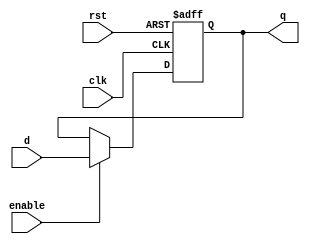
/* Register delay
q is a registered version of d, registered 'STAGES' times.
Clock enable with 'enable'
*/

`default_nettype none

module registerDelay #(
	parameter DATA_WIDTH = 8,
	parameter STAGES = 1
)(
	input wire clk, rst, enable,
	input wire [(DATA_WIDTH-1):0] d,
	output wire [(DATA_WIDTH-1):0] q
);

	reg [DATA_WIDTH*STAGES-1:0] delayReg;
	assign q = delayReg[DATA_WIDTH-1:0];
	
	always @(posedge clk or posedge rst)
	begin
		if(rst)
		begin
			delayReg[DATA_WIDTH*STAGES-1:DATA_WIDTH*(STAGES-1)] <= {DATA_WIDTH{1'b0}};
		end
		else
		begin
			if(enable)
			begin
				delayReg[DATA_WIDTH*STAGES-1:DATA_WIDTH*(STAGES-1)] <= d;
			end
		end
	end
	
	generate
	genvar i;
		for(i = 0; i < (STAGES-1); i = i + 1)
			begin : rd_generate
				always @(posedge clk or posedge rst)
				begin
					if(rst)
					begin
						delayReg[DATA_WIDTH*(i+1)-1:DATA_WIDTH*i] <= {DATA_WIDTH*{1'b0}};
					end
					else
					begin
						if(enable)
						begin
							delayReg[DATA_WIDTH*(i+1)-1:DATA_WIDTH*i] <= delayReg[DATA_WIDTH*(i+2)-1:DATA_WIDTH*(i+1)];
						end
					end
				end
			end
	endgenerate
endmodule

`default_nettype wire